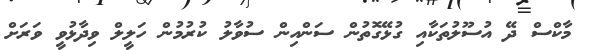
މާކްސް ދޭ އުސޫލުތަކާއި ގުޅޭގޮތުން ސަންއިން ސުވާލު ކުރުމުން ހަލީލް ވިދާޅުވީ ވަރަށް